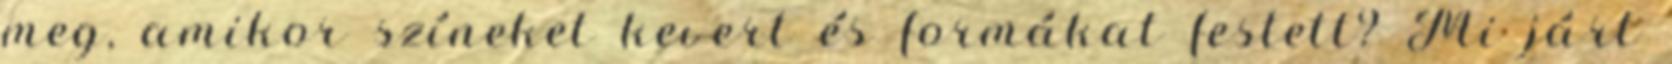
meg, amikor színeket kevert és formákat festett? Mi járt